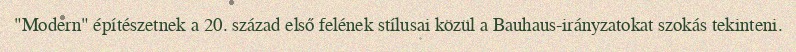
"Modern" építészetnek a 20. század első felének stílusai közül a Bauhaus-irányzatokat szokás tekinteni.